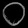
Digit: ၀